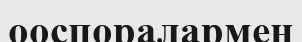
ооспоралармен